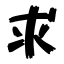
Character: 求